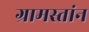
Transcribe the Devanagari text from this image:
ग्रामस्तांन